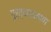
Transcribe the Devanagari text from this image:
गुर्त्वाकर्षण